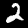
Label: 2